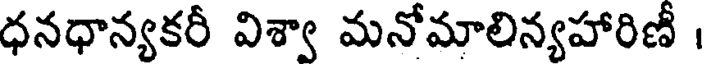
ధనధాన్యకరీ విశ్వా మనోమాలిన్యహారిణీ